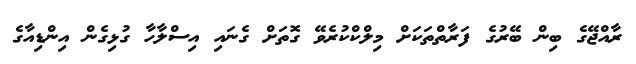
ރާއްޖޭގެ ބިން ބޭރުގެ ފަރާތްތަކަށް މިލްކްކުރެވޭ ގޮތަށް ގެނައި އިސްލާހާ ގުޅިގެން އިންޑިއާގެ